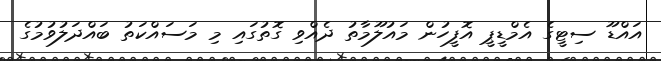
އައްޑޫ ސިޓީގެ އެމްޑީޕީ އޮފީހުން މައުލޫމާތު ދެއްވި ގޮތުގައި މި މަސައްކަތު ބައްދަލުވުމުގެ